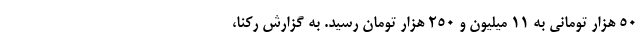
۵۰ هزار تومانی به ۱۱ میلیون و ۲۵۰ هزار تومان رسید. به گزارش رکنا،